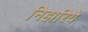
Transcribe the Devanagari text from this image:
निहारिये